Indian journal of veterinary science and animal husbandry - Volume 1,
Year: 1931
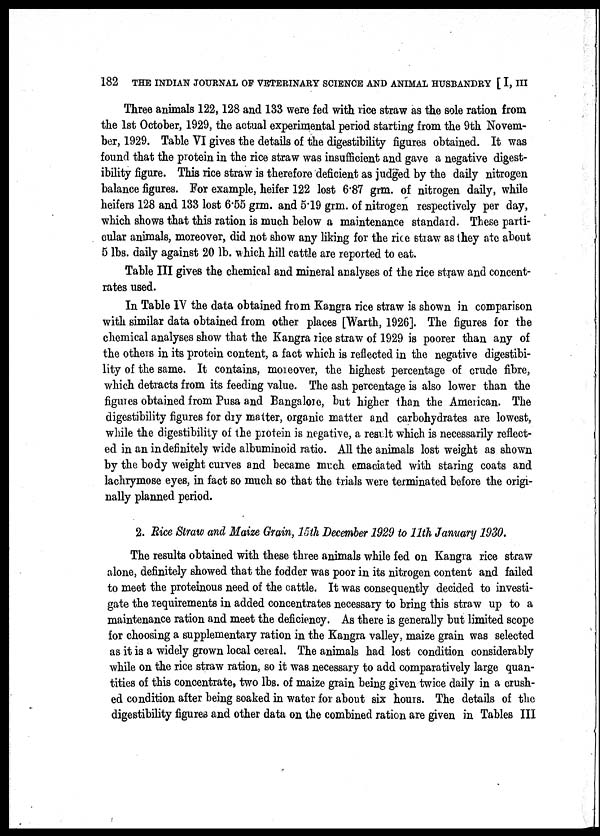
182 THE INDIAN JOURNAL OF VETERINARY SCIENCE AND ANIMAL HUSBANDRY [ I, III
Three animals 122, 128 and 133 were fed with rice straw as the sole ration from
the 1st October, 1929, the actual experimental period starting from the 9th Novem-
ber, 1929. Table VI gives the details of the digestibility figures obtained. It was
found that the protein in the rice straw was insufficient and gave a negative digest-
ibility figure. This rice straw is therefore deficient as judged by the daily nitrogen
balance figures. For example, heifer 122 lost 6.87 grm. of nitrogen daily, while
heifers 128 and 133 lost 6.55 grm. and 5.19 grm. of nitrogen respectively per day,
which shows that this ration is much below a maintenance standard. These parti-
cular animals, moreover, did not show any liking for the rice straw as they ate about
5 lbs. daily against 20 lb. which hill cattle are reported to eat.
Table III gives the chemical and mineral analyses of the rice straw and concent-
rates used.
In Table IV the data obtained from Kangra rice straw is shown in comparison
with similar data obtained from other places [Warth, 1926]. The figures for the
chemical analyses show that the Kangra rice straw of 1929 is poorer than any of
the others in its protein content, a fact which is reflected in the negative digestibi-
lity of the same. It contains, moreover, the highest percentage of crude fibre,
which detracts from its feeding value. The ash percentage is also lower than the
figures obtained from Pusa and Bangalore, but higher than the American. The
digestibility figures for dry matter, organic matter and carbohydrates are lowest,
while the digestibility of the protein is negative, a result which is necessarily reflect-
ed in an indefinitely wide albuminoid ratio. All the animals lost weight as shown
by the body weight curves and became much emaciated with staring coats and
lachrymose eyes, in fact so much so that the trials were terminated before the origi-
nally planned period.
2. Rice Straw and Maize Grain, 15th December 1929 to 11th January 1930.
The results obtained with these three animals while fed on Kangra rice straw
alone, definitely showed that the fodder was poor in its nitrogen content and failed
to meet the proteinous need of the cattle. It was consequently decided to investi-
gate the requirements in added concentrates necessary to bring this straw up to a
maintenance ration and meet the deficiency. As there is generally but limited scope
for choosing a supplementary ration in the Kangra valley, maize grain was selected
as it is a widely grown local cereal. The animals had lost condition considerably
while on the rice straw ration, so it was necessary to add comparatively large quan-
tities of this concentrate, two lbs. of maize grain being given twice daily in a crush-
ed condition after being soaked in water for about six hours. The details of the
digestibility figures and other data on the combined ration are given in Tables III